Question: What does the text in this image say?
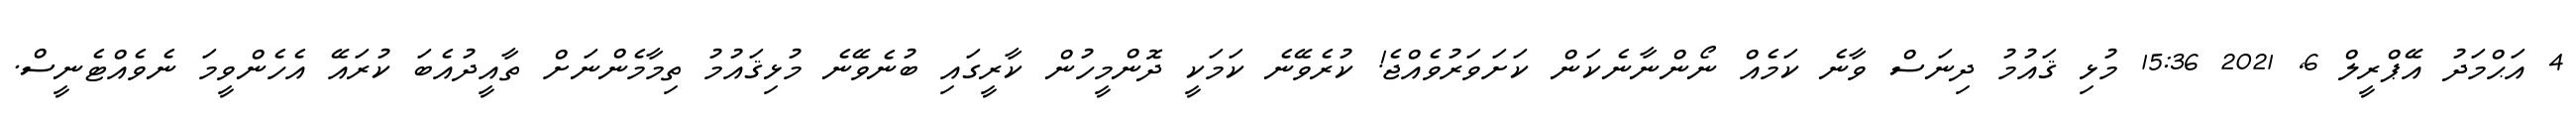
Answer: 4 އަޙްމަދު އޭޕްރީލް 6, 2021 15:36 މުޅި ޤައުމު ދިނަސް ވާނެ ކަމެއް ނޯންނާނެކަން ކަށަވަރުވެއްޖެ! ކުރެވޭނެ ކަމަކީ ދޮންމީހުން ކާރީގައި ބުނެވޭނެ މުޅިޤައުމު ތިމާމެންނަށް ތާއީދުއެބަ ކުރައޭ އެހެންވީމަ ނެވެއްޓެނީސް.